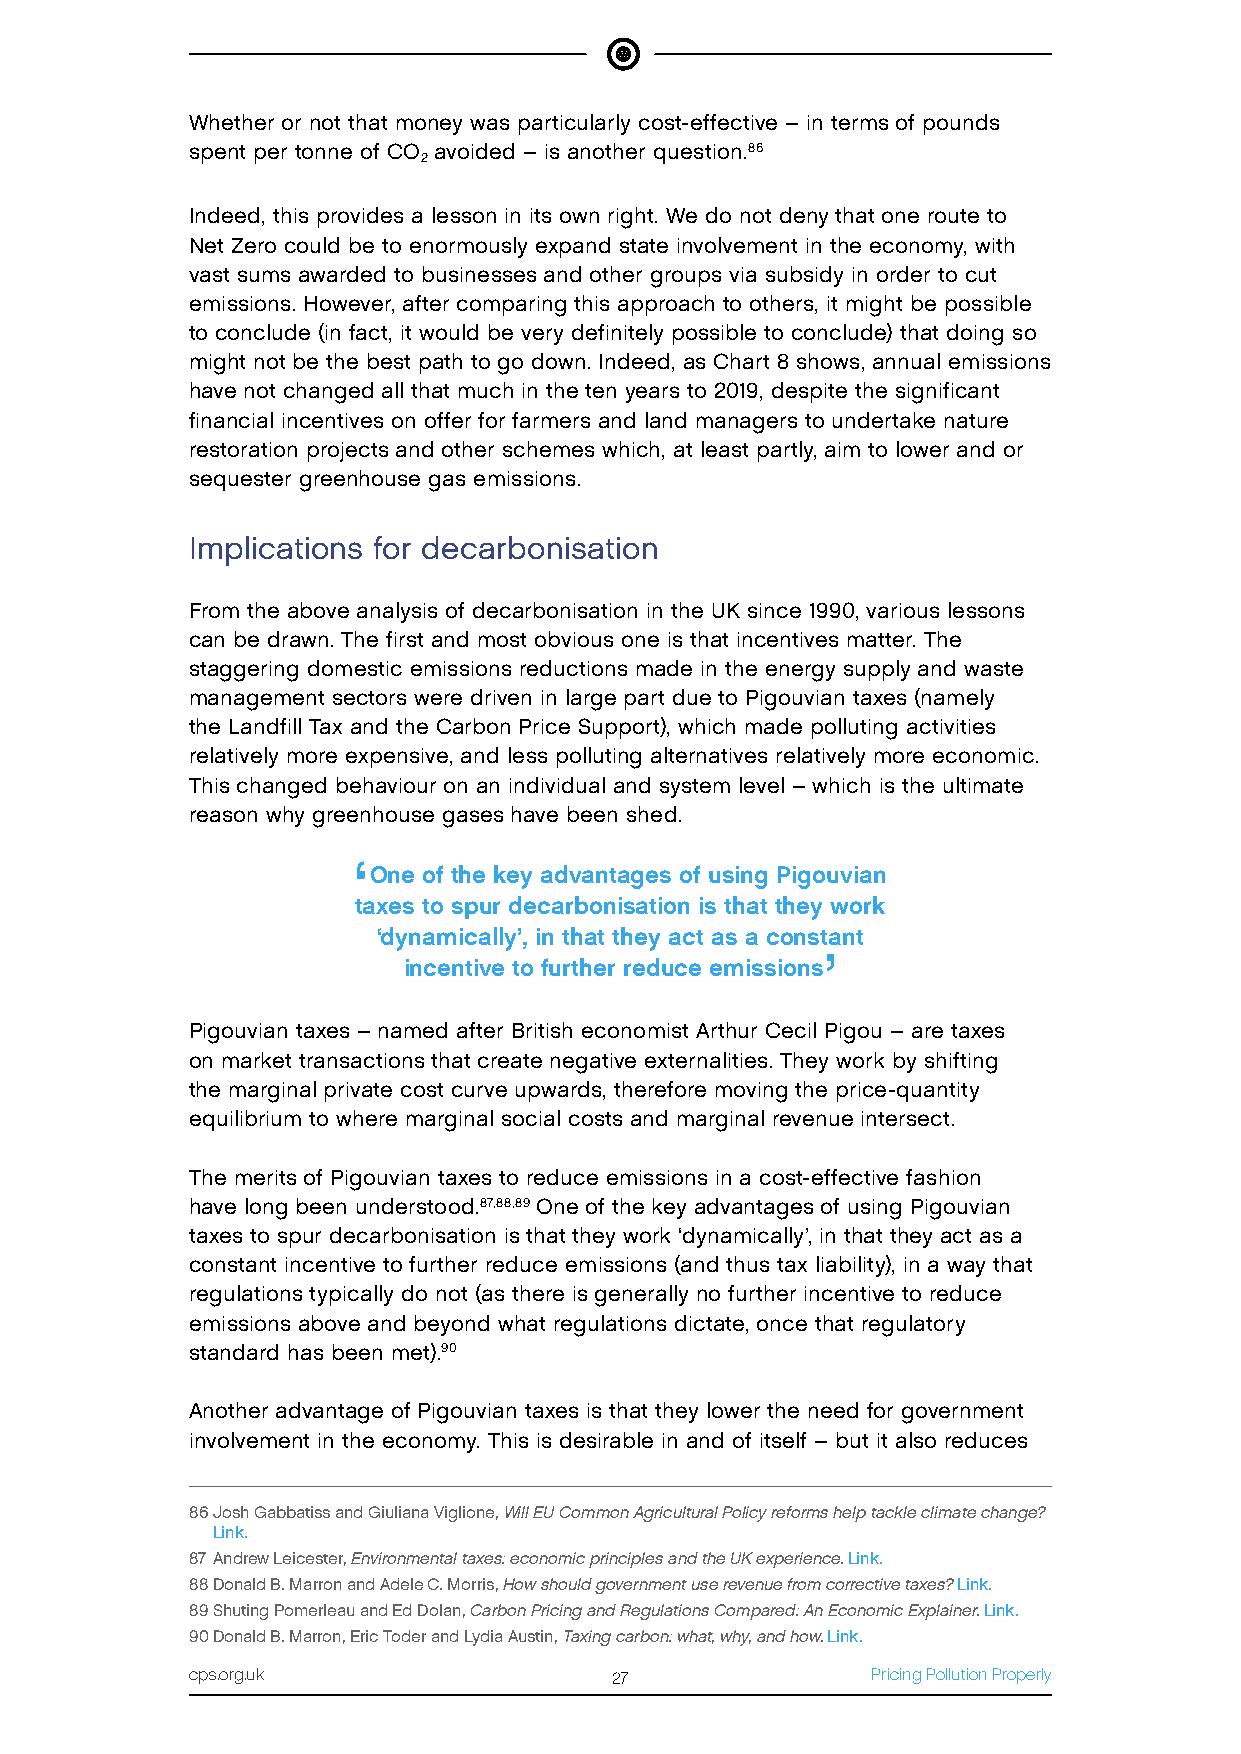
Whether or not that money was particularly cost-effective – in terms of pounds
 spent per tonne of CO avoided – is another question.86
 2
 Indeed, this provides a lesson in its own right. We do not deny that one route to
 Net Zero could be to enormously expand state involvement in the economy, with
 vast sums awarded to businesses and other groups via subsidy in order to cut
 emissions. However, after comparing this approach to others, it might be possible
 to conclude (in fact, it would be very definitely possible to conclude) that doing so
 might not be the best path to go down. Indeed, as Chart 8 shows, annual emissions
 have not changed all that much in the ten years to 2019, despite the significant
 financial incentives on offer for farmers and land managers to undertake nature
 restoration projects and other schemes which, at least partly, aim to lower and or
 sequester greenhouse gas emissions.
 Implications for decarbonisation
 From the above analysis of decarbonisation in the UK since 1990, various lessons
 can be drawn. The first and most obvious one is that incentives matter. The
 staggering domestic emissions reductions made in the energy supply and waste
 management sectors were driven in large part due to Pigouvian taxes (namely
 the Landfill Tax and the Carbon Price Support), which made polluting activities
 relatively more expensive, and less polluting alternatives relatively more economic.
 This changed behaviour on an individual and system level – which is the ultimate
 reason why greenhouse gases have been shed.
 ‘
 One of the key advantages of using Pigouvian
 taxes to spur decarbonisation is that they work
 ‘dynamically’, in that they act as a constant
 ’
 incentive to further reduce emissions
 Pigouvian taxes – named after British economist Arthur Cecil Pigou – are taxes
 on market transactions that create negative externalities. They work by shifting
 the marginal private cost curve upwards, therefore moving the price-quantity
 equilibrium to where marginal social costs and marginal revenue intersect.
 The merits of Pigouvian taxes to reduce emissions in a cost-effective fashion
 have long been understood.87,88,89 One of the key advantages of using Pigouvian
 taxes to spur decarbonisation is that they work ‘dynamically’, in that they act as a
 constant incentive to further reduce emissions (and thus tax liability), in a way that
 regulations typically do not (as there is generally no further incentive to reduce
 emissions above and beyond what regulations dictate, once that regulatory
 standard has been met).90
 Another advantage of Pigouvian taxes is that they lower the need for government
 involvement in the economy. This is desirable in and of itself – but it also reduces
 86 Josh Gabbatiss and Giuliana Viglione, Will EU Common Agricultural Policy reforms help tackle climate change?
 Link.
 87 Andrew Leicester, Environmental taxes: economic principles and the UK experience. Link.
 88 Donald B. Marron and Adele C. Morris, How should government use revenue from corrective taxes? Link.
 89 Shuting Pomerleau and Ed Dolan, Carbon Pricing and Regulations Compared: An Economic Explainer. Link.
 90 Donald B. Marron, Eric Toder and Lydia Austin, Taxing carbon: what, why, and how. Link.
 cps.org.uk                 27                Pricing Pollution Properly